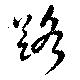
路